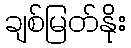
ချစ်မြတ်နိုး